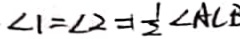
\angle 1 = \angle 2 = 1 \frac { 1 } { 2 } \angle A C E